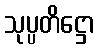
သုပ္ပတိဋ္ဌော